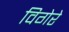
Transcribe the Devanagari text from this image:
विगेरे